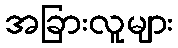
အခြားလူများ